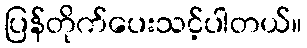
ပြန်တိုက်ပေးသင့်ပါတယ်။